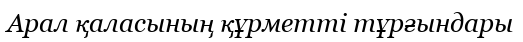
Арал қаласының құрметті тұрғындары